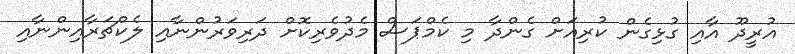
އުރީދޫ އާއި ގުޅިގެން ކުރިއަށް ގެންދާ މި ކެމްޕަސް މެދުވެރިކޮށް ދަރިވަރުންނާއި ލެކްޗަރާއިންނާއި